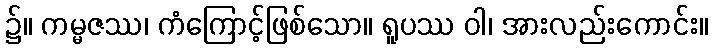
၌။ ကမ္မဇဿ၊ ကံကြောင့်ဖြစ်သော။ ရူပဿ ဝါ၊ အားလည်းကောင်း။